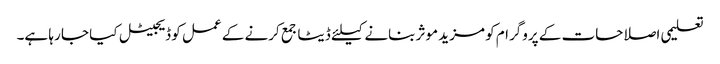
تعلیمی اصلاحات کے پروگرام کو مزید موثر بنانے کیلئے ڈیٹا جمع کرنے کے عمل کو ڈیجیٹل کیا جا رہا ہے۔